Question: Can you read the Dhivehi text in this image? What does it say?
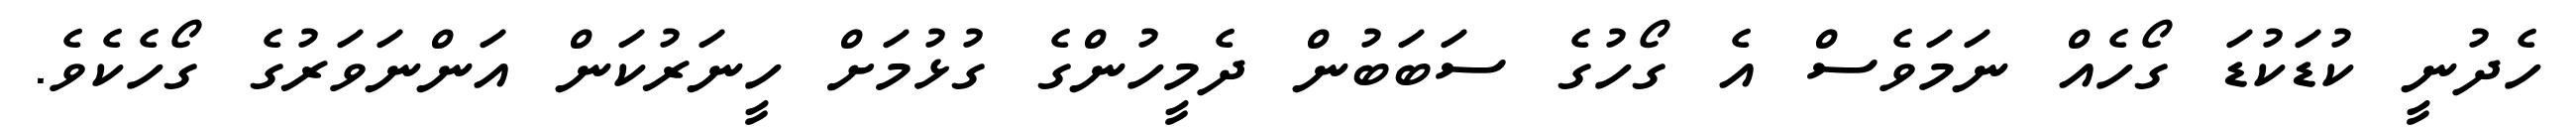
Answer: ހެދުނީ ކުޑަކުޑަ ގޯހެއް ނަމަވެސް އެ ގޯހުގެ ސަބަބުން ދެމީހުންގެ ގުޅުމަށް ހީނަރުކަން އަންނަވަރުގެ ގޯހެކެވެ.